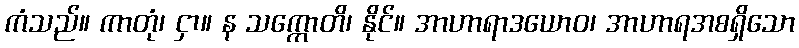
ကံသည်။ ကာတုံ၊ ငှာ။ န သက္ကောတိ၊ နိုင်။ အာဟာရာဒယောဝ၊ အာဟာရအစရှိသော